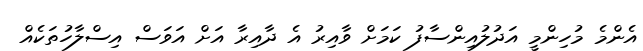
އެންމެ މުހިންމީ އަދުލުއިންސާފު ކަމަށް ވާއިރު އެ ދާއިރާ އަށް އަވަސް އިސްލާހުތަކެއް